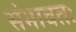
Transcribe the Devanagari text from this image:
संभावतः